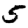
Digit: 5